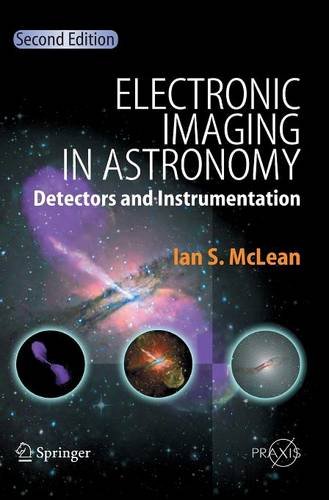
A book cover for Electronic Imaging in Astronomy: Detectors and Instrumentation (Springer Praxis Books); Ian S. McLean; Science & Math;